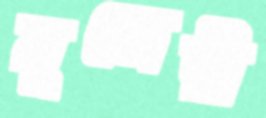
মুজেরী